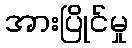
အားပြိုင်မှု